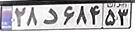
۲۸د۶۸۴۵۳